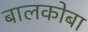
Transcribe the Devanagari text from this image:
बालकोबा